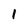
Character: 1